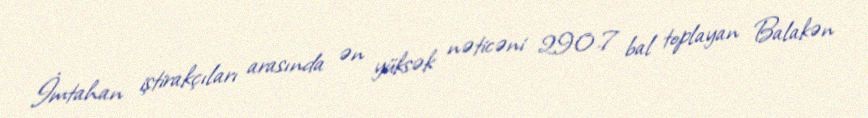
İmtahan iştirakçıları arasında ən yüksək nəticəni 290.7 bal toplayan Balakən